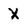
Character: X